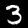
Digit: 3